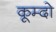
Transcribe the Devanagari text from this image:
कूम्दो